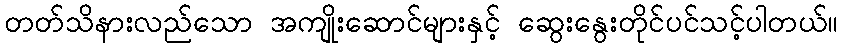
တတ်သိနားလည်သော အကျိုးဆောင်များနှင့် ဆွေးနွေးတိုင်ပင်သင့်ပါတယ်။